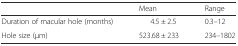
<table><thead><tr><td></td><td><b>Mean</b></td><td><b>Range</b></td></tr></thead><tbody><tr><td>Duration of macular hole (months)</td><td>4.5 ± 2.5</td><td>0.3–12</td></tr><tr><td>Hole size (μm)</td><td>523.68 ± 233</td><td>234–1802</td></tr></tbody></table>